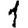
Digit: 1